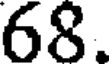
68.